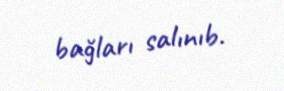
bağları salınıb.